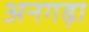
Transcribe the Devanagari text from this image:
अनगढ़ा